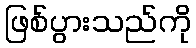
ဖြစ်ပွားသည်ကို